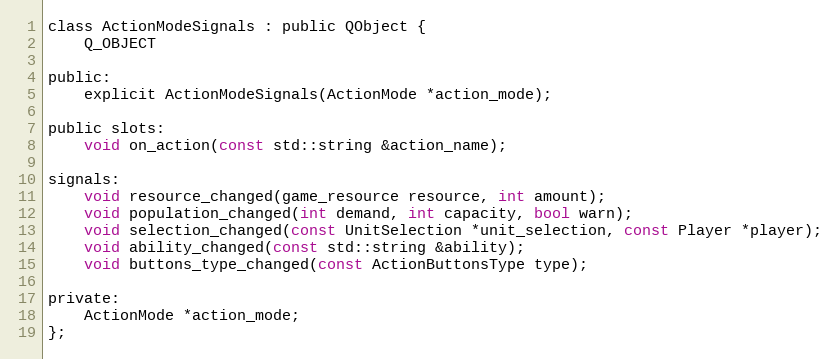
Language: C
class ActionModeSignals : public QObject {
	Q_OBJECT

public:
	explicit ActionModeSignals(ActionMode *action_mode);

public slots:
	void on_action(const std::string &action_name);

signals:
	void resource_changed(game_resource resource, int amount);
	void population_changed(int demand, int capacity, bool warn);
	void selection_changed(const UnitSelection *unit_selection, const Player *player);
	void ability_changed(const std::string &ability);
	void buttons_type_changed(const ActionButtonsType type);

private:
	ActionMode *action_mode;
};